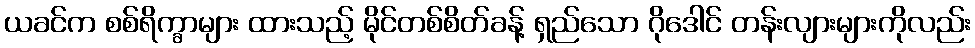
ယခင်က စစ်ရိက္ခာများ ထားသည့် မိုင်တစ်စိတ်ခန့် ရှည်သော ဂိုဒေါင် တန်းလျားများကိုလည်း